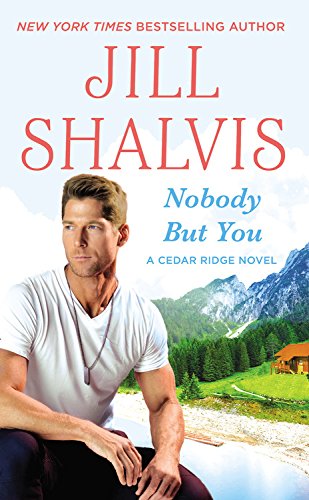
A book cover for Nobody But You (Cedar Ridge); Jill Shalvis; Romance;